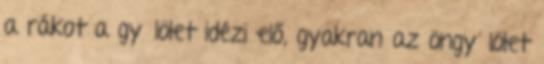
a rákot a gyűlölet idézi elő, gyakran az öngyűlölet